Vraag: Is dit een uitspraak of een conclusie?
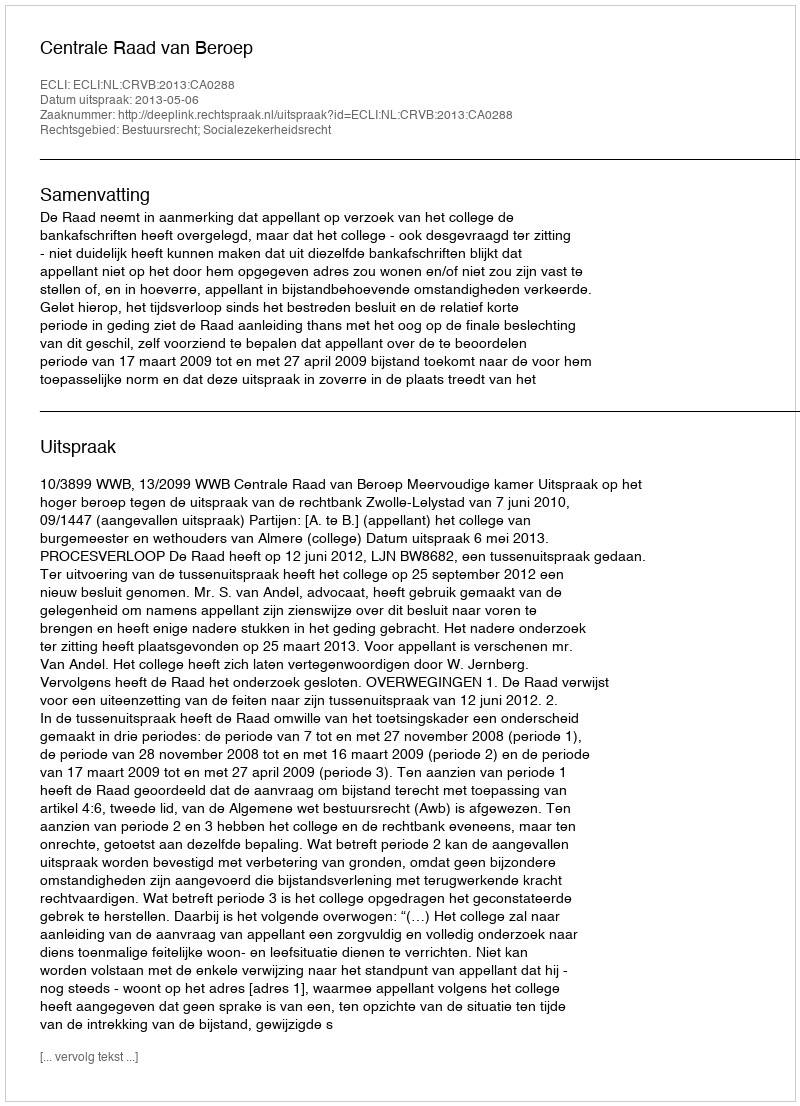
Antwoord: Uitspraak